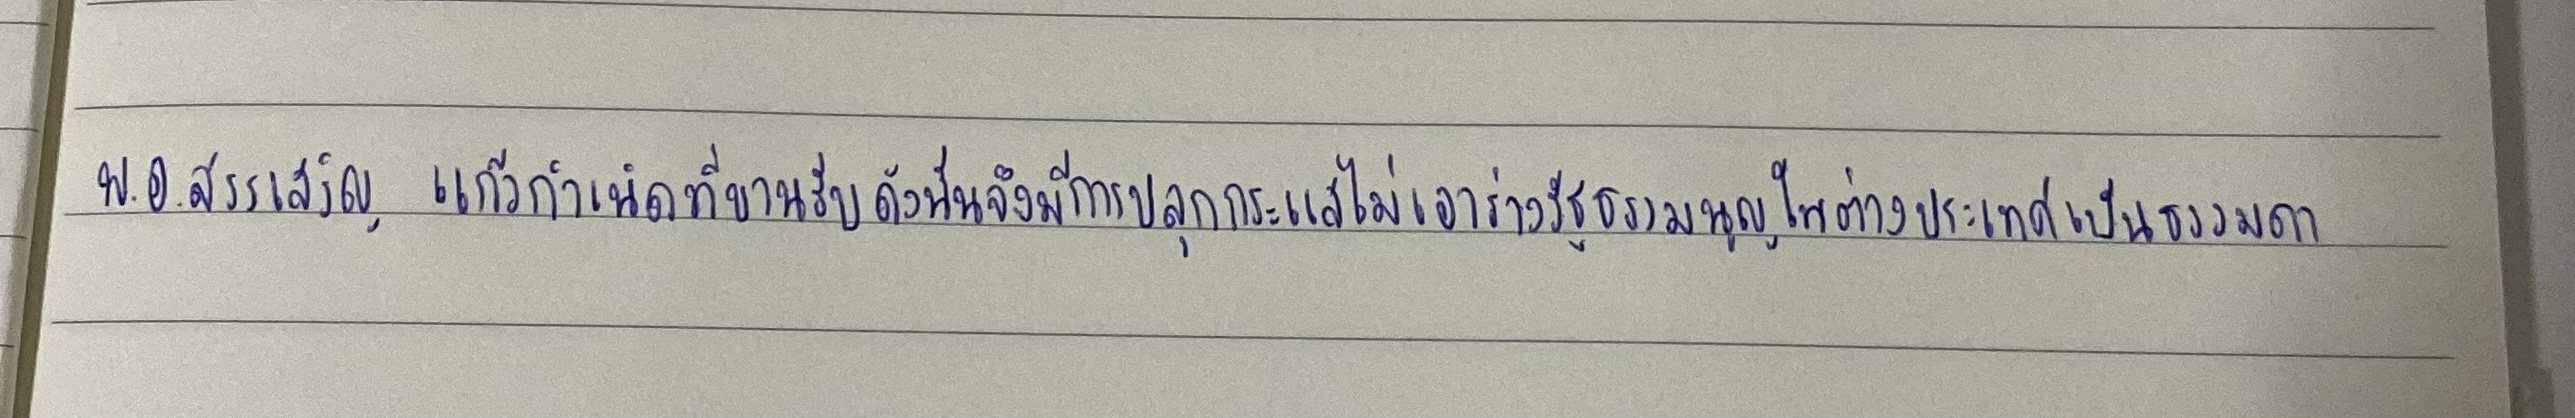
พ.อ.สรรเสริญ แก้วกำเนิดที่ขานรับดังนั้นจึงมีการปลุกกระแสไม่เอาร่างรัฐธรรมนูญในต่างประเทศเป็นธรรมดา